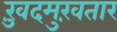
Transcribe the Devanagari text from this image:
ख़ुदमुख़तार